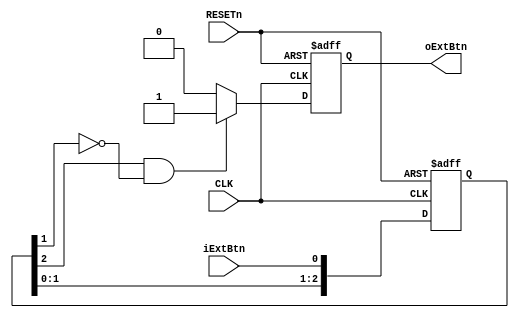
module Btn(
  input wire CLK,
  input wire RESETn,
  input wire iExtBtn,
  output reg oExtBtn
);
reg [2:0] rIntBtn;
assign oExtBtn_buffer = (rIntBtn[2] == 1 && rIntBtn[1] == 0) ? 1:0;

always @(posedge CLK or negedge RESETn) begin
  if(RESETn == 0) begin
    rIntBtn <= 1;
  end
  else rIntBtn <= {rIntBtn[1],rIntBtn[0],iExtBtn};
end


always @ (posedge CLK or negedge RESETn) begin 
    if(RESETn == 0) oExtBtn <=0;
else oExtBtn <= oExtBtn_buffer;
end

endmodule